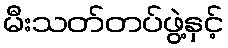
မီးသတ်တပ်ဖွဲ့နှင့်